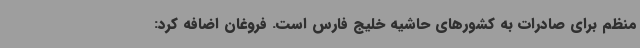
منظم برای صادرات به کشورهای حاشیه خلیج فارس است. فروغان اضافه کرد: